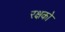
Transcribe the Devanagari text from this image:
रक्षको